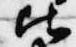
此